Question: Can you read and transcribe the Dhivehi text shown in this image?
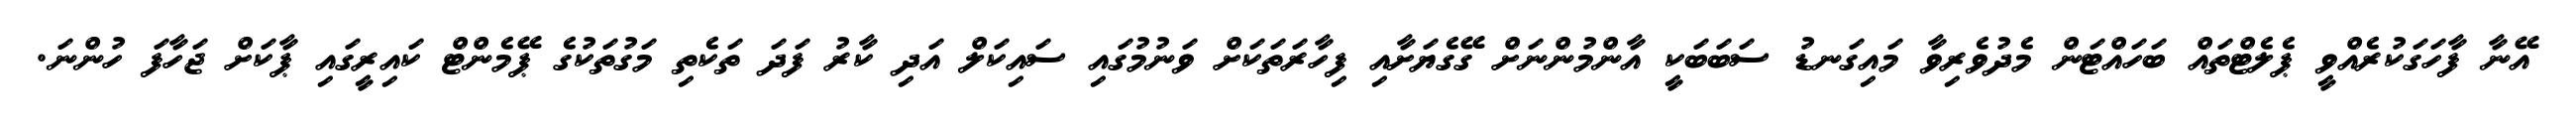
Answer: އޭނާ ފާހަގަކުރެއްވީ ޕެލެޓްތައް ބަހައްޓަން މެދުވެރިވާ މައިގަނޑު ސަބަބަކީ އާންމުންނަށް ގޭގެޔަށާއި ފިހާރަތަކަށް ވަނުމުގައި ސައިކަލް އަދި ކާރު ފަދަ ތަކެތި މަގުތަކުގެ ޕޭމެންޓް ކައިރީގައި ޕާކަށް ޖަހާފަ ހުންނަ.